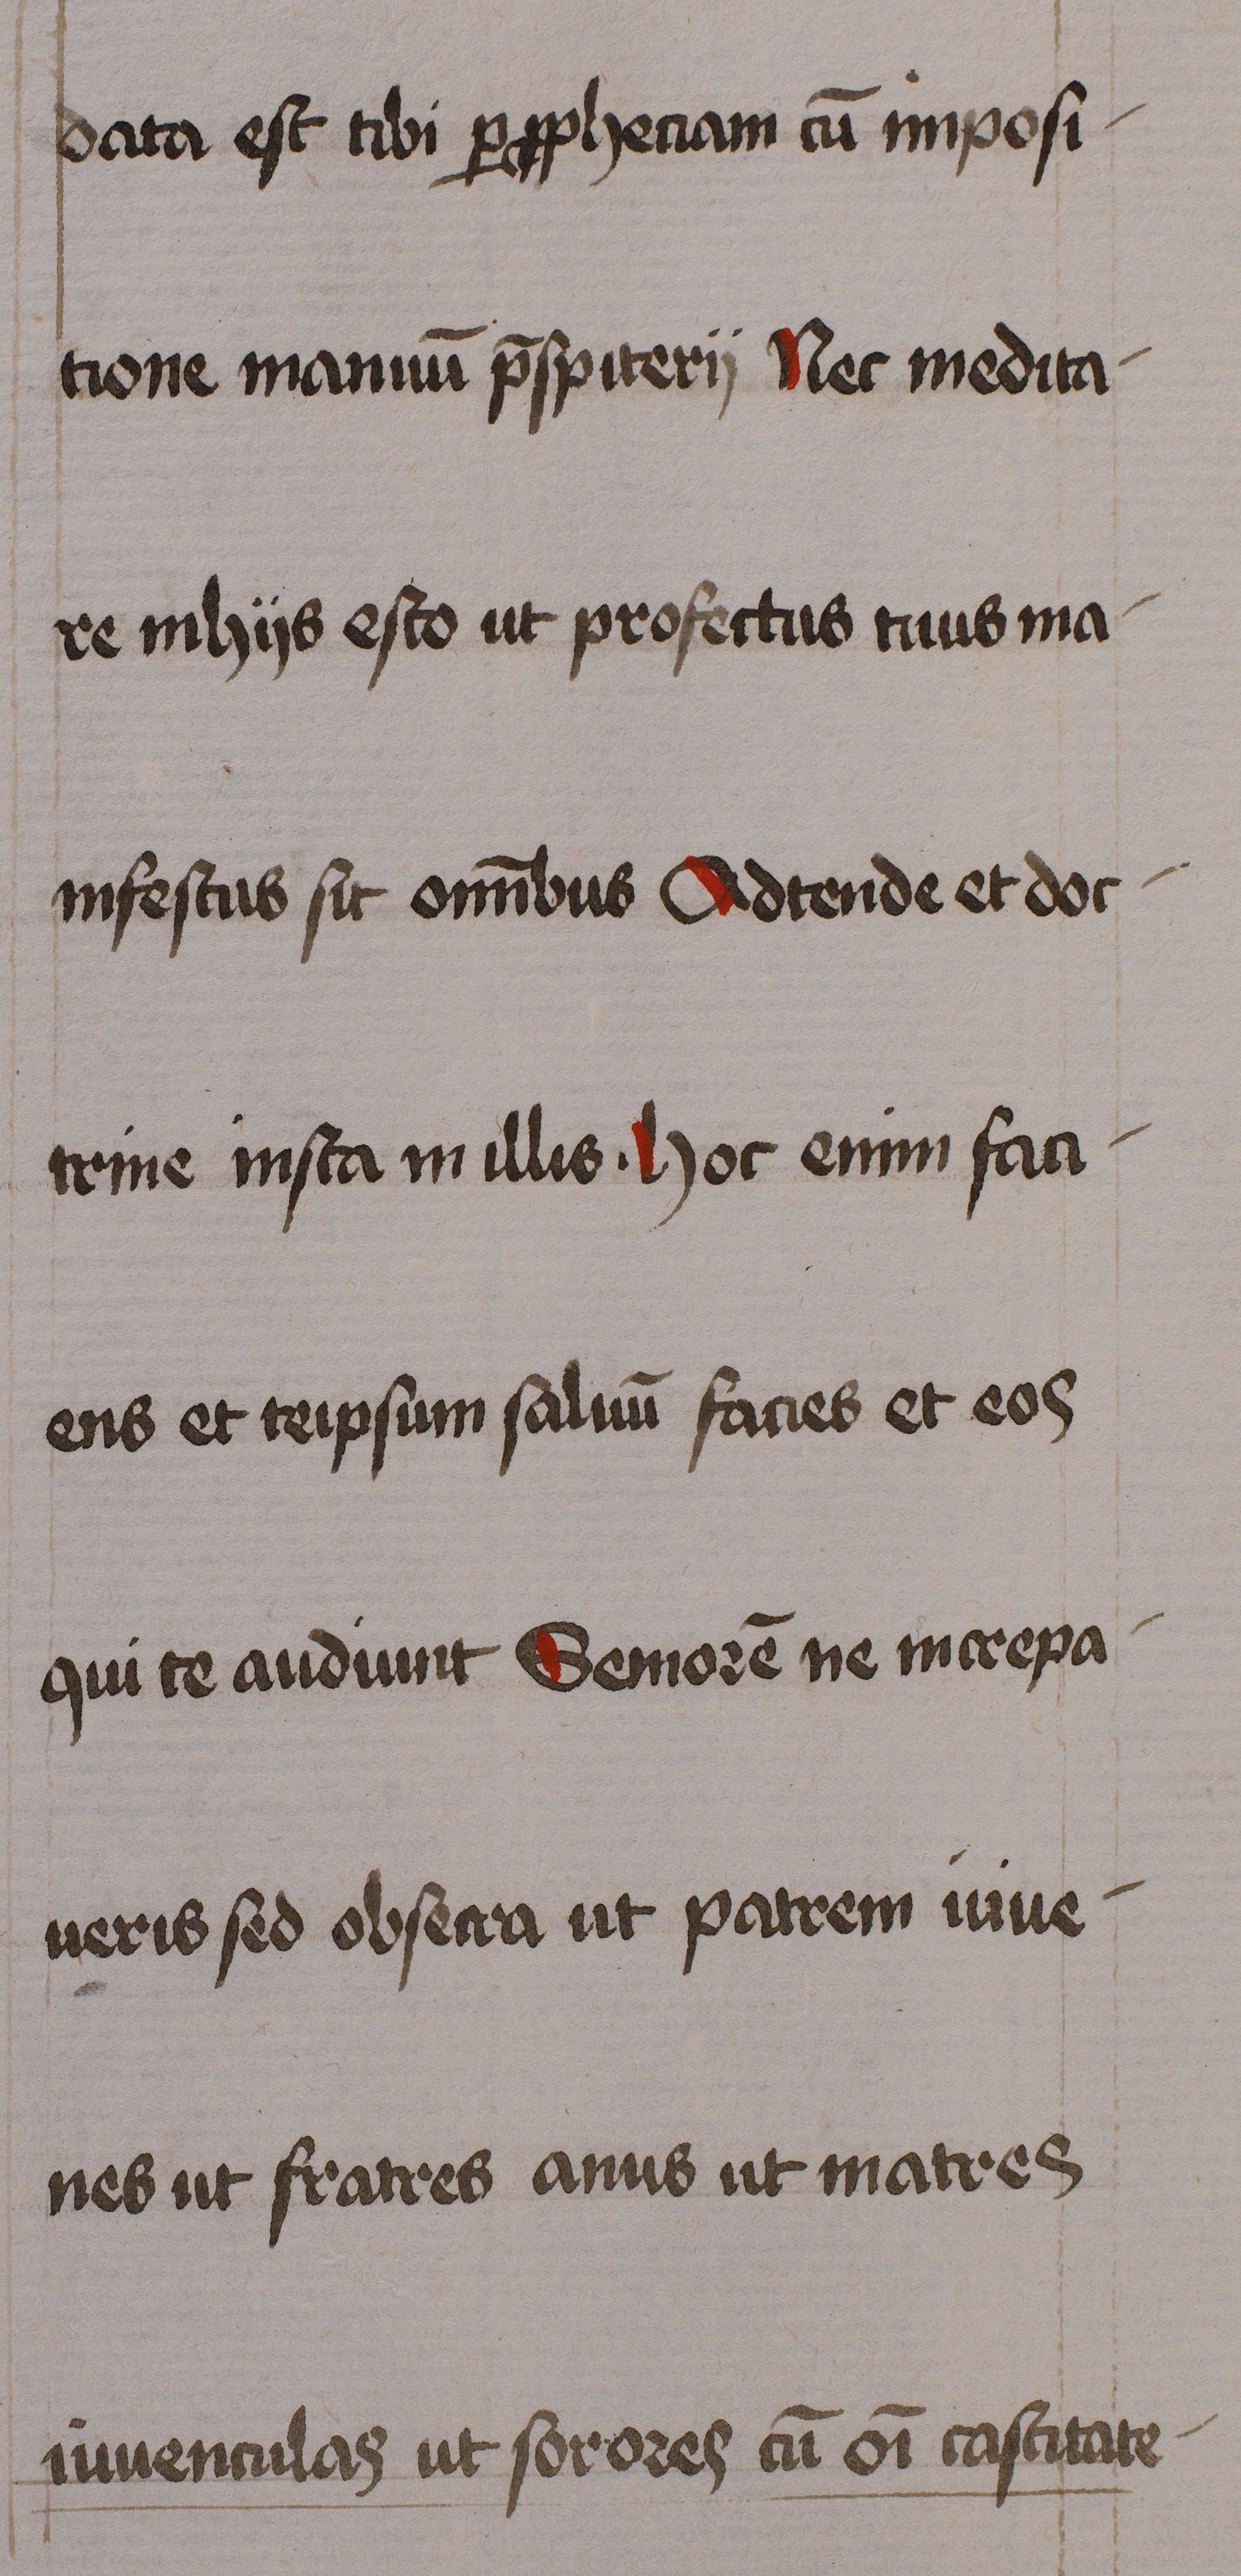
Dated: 1460–1460